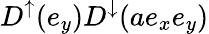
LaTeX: D^{\uparrow}(e_{y})D^{\downarrow}(ae_{x}e_{y})